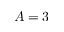
A = 3